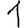
Digit: 1